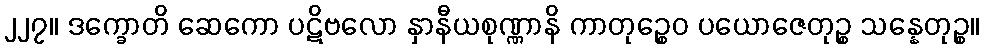
၂၂၇။ ဒက္ခောတိ ဆေကော ပဋိဗလော နှာနီယစုဏ္ဏာနိ ကာတုဉ္စေဝ ပယောဇေတုဉ္စ သန္နေတုဉ္စ။